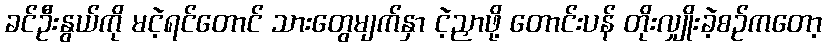
ခင်ဦးနွယ်ကို မငဲ့ရင်တောင် သားတွေမျက်နှာ ငဲ့ညှာဖို့ တောင်းပန် တိုးလျှိုးခဲ့စဉ်ကတော့